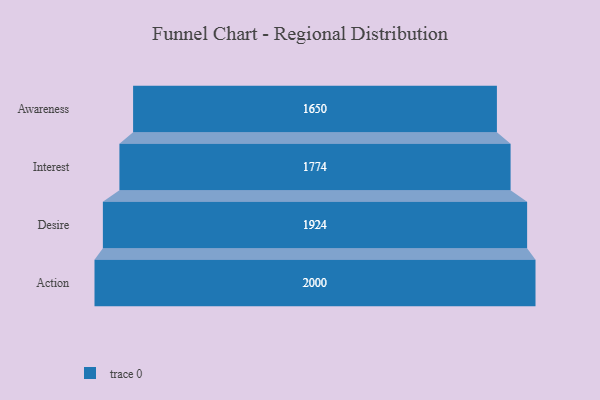
{"axis": {"x": "Stage", "y": "Value"}, "legend": [""], "data": [{"x": "Awareness", "y": 1650.0, "type": ""}, {"x": "Interest", "y": 1774.0, "type": ""}, {"x": "Desire", "y": 1924.0, "type": ""}, {"x": "Action", "y": 2000, "type": ""}]}